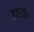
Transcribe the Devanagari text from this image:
उतरतीं।